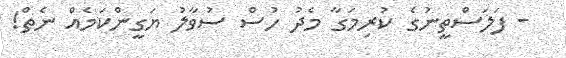
- ފަލަސްތީނުގެ ކުރިމަގާ މެދު ހުސް ސުވާލު ޔަގީންކަމެއް ނެތް!